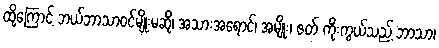
ထို့ကြောင့် ဘယ်ဘာသာဝင်မျိုးမဆို၊ အသားအရောင်၊ အမျိုး၊ ဇတ် ကိုးကွယ်သည့် ဘာသာ၊